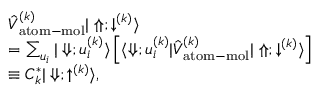
\begin{array} { r l } & { \hat { V } _ { \mathrm { a t o m - m o l } } ^ { ( k ) } | \Uparrow ; \downarrow ^ { ( k ) } \rangle } \\ & { = \sum _ { u _ { i } } | \Downarrow ; u _ { i } ^ { ( k ) } \rangle \left[ \langle \Downarrow ; u _ { i } ^ { ( k ) } | \hat { V } _ { \mathrm { a t o m - m o l } } ^ { ( k ) } | \Uparrow ; \downarrow ^ { ( k ) } \rangle \right] } \\ & { \equiv C _ { k } ^ { * } | \Downarrow ; \uparrow ^ { ( k ) } \rangle , } \end{array}